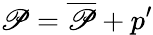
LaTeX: \mathscr{P}=\overline{{{\mathscr{P}}}}+p^{\prime}